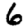
Digit: 6